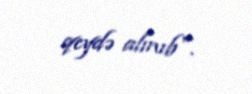
qeydə alınıb".